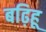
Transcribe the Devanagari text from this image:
बढ़िहू